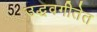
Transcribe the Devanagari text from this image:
उद्धवगीतेत